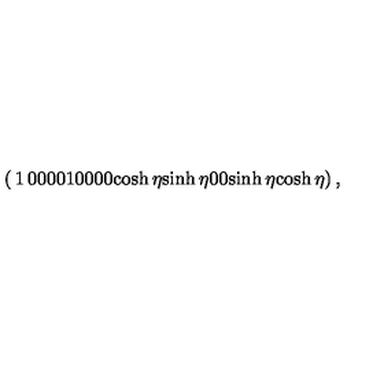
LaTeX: \left( \begin{matrix} { 1 } & { 0 } & { 0 } & { 0 } \\ { 0 } & { 1 } & { 0 } & { 0 } \\ { 0 } & { 0 } & { \cosh \eta } & { \sinh \eta } \\ { 0 } & { 0 } & { \sinh \eta } & { \cosh \eta } \\ \end{matrix} \right) ,